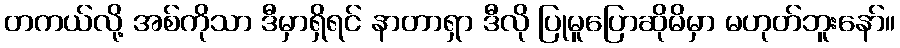
တကယ်လို့ အစ်ကိုသာ ဒီမှာရှိရင် နာတာရှာ ဒီလို ပြုမူပြောဆိုမိမှာ မဟုတ်ဘူးနော်။